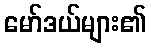
မော်ဒယ်များ၏